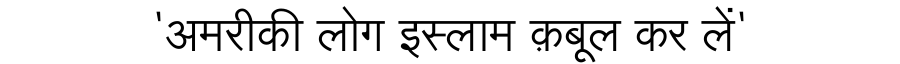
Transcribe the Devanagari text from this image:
'अमरीकी लोग इस्लाम क़बूल कर लें'